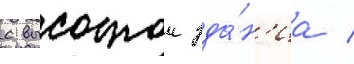
с высотои зда́н'иа /